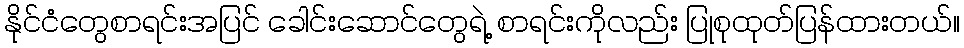
နိုင်ငံတွေစာရင်းအပြင် ခေါင်းဆောင်တွေရဲ့ စာရင်းကိုလည်း ပြုစုထုတ်ပြန်ထားတယ်။